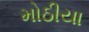
મોઠીયા